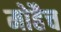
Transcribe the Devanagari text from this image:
मोहैच